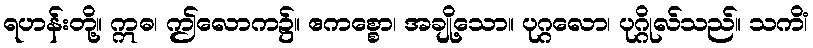
ရဟန်းတို့။ ဣဓ၊ ဤလောက၌။ ဧကစ္စော၊ အချို့သော။ ပုဂ္ဂလော၊ ပုဂ္ဂိုလ်သည်။ သကိံ၊